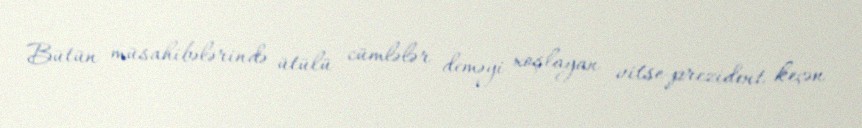
Bütün müsahibələrində ütülü cümlələr deməyi xoşlayan vitse-prezident keçən